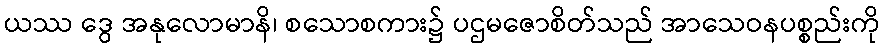
ယဿ ဒွေ အနုလောမာနိ၊ စသောစကား၌ ပဌမဇောစိတ်သည် အာသေဝနပစ္စည်းကို